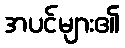
အပင်များ၏